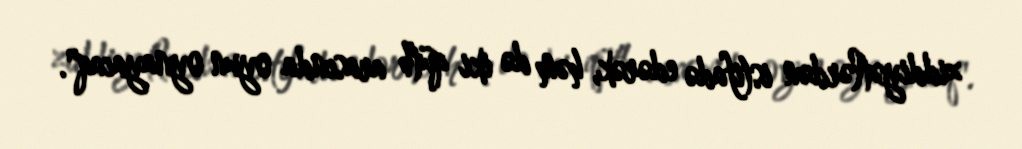
ziddiyətlərdən istifadə edərək, həm də iki qütb arasında oyun oynayacaq".